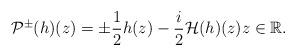
LaTeX: \begin{align*}\mathcal{P}^{\pm}(h)(z)=\pm \frac{1}{2} h(z)-\frac{i}{2} \mathcal{H}(h)(z) z \in \mathbb{R}.\end{align*}